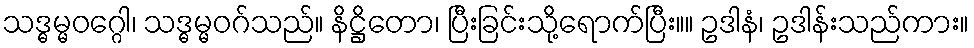
သဒ္ဓမ္မဝဂ္ဂေါ၊ သဒ္ဓမ္မဝဂ်သည်။ နိဋ္ဌိတော၊ ပြီးခြင်းသို့ရောက်ပြီး။။ ဥဒါနံ၊ ဥဒါန်းသည်ကား။